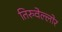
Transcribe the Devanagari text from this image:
तिरुवेल्लोर